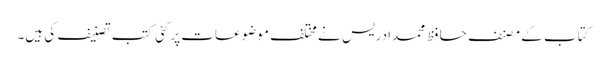
کتاب کے مصنف حافظ محمدادریس نے مختلف موضوعات پر کئی کتب تصنیف کی ہیں۔